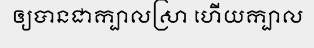
ឲ្យបានជាក្បាលស្រា ហើយក្បាល